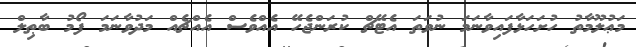
މަޢުލޫމާތު ހުށަހަޅާފައިވާނަމަ ނުވަތަ އެޓޭޗް ކުރަންޖެހޭ އެއްވެސް އެއްޗެއް މަދުވާނަމަ ފޯމު ބާޠިލް